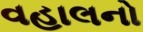
વહાલનો